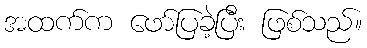
အထက်က ဖော်ပြခဲ့ပြီး ဖြစ်သည်။